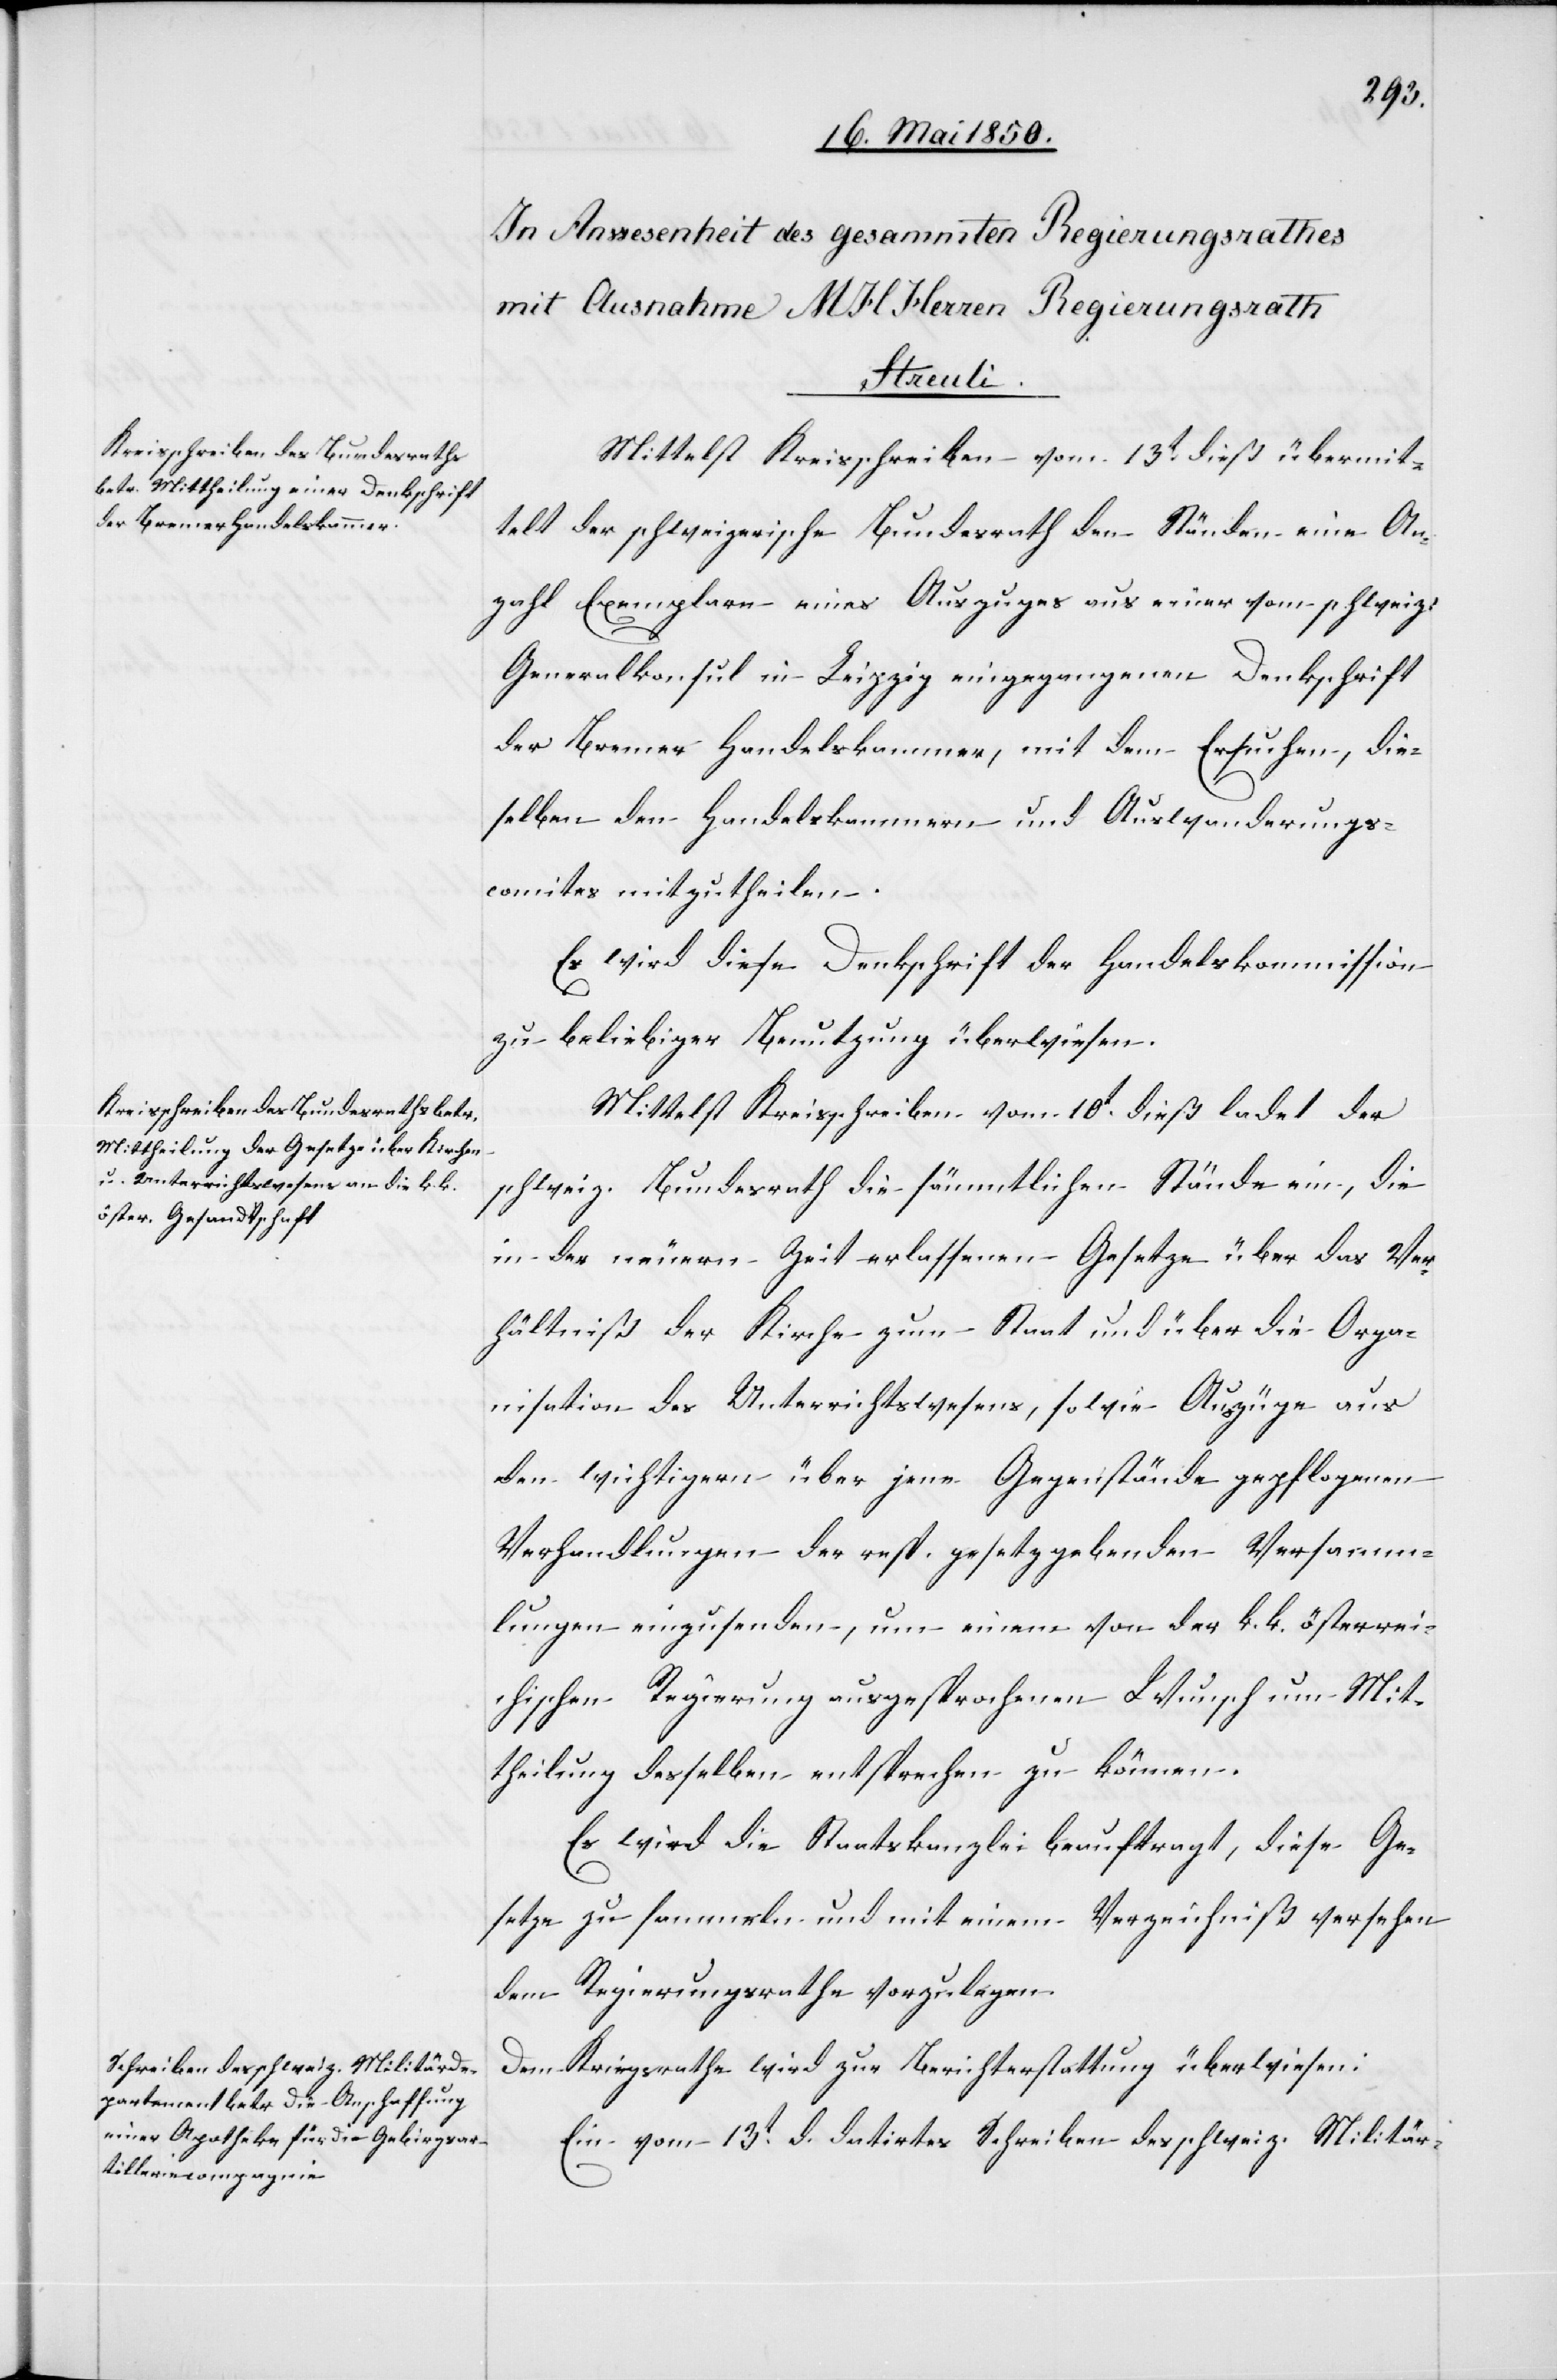
Mittelst Kreisschreiben vom 13t dieß übermit¬
telt der schweizerische Bundesrath den Ständen eine An¬
zahl Exemplare eines Auszuges aus einer vom schweiz:
Generalkonsul in Leipzig eingegangenen Denkschrift
der Bremer Handelskammer, mit dem Ersuchen, die¬
selben den Handelskammern und Auswanderungs¬
comites mitzutheilen.
Es wird diese Denkschrift der Handelskommission
zu beliebiger Benutzung überwiesen.
Mittelst Kreisschreiben vom 10t dieß ladet der
schweiz. Bundesrath die sämmtlichen Stände ein, die
in der neuern Zeit erlassenen Gesetze über das Ver¬
hältniß der Kirche zum Staat und über die Orga¬
nisation des Unterrichtswesens, sowie Auszüge aus
den wichtigern über jene Gegenstände gepflogenen
Verhandlungen der resp. gesetzgebenden Versamm¬
lungen einzusenden, um einen von der k. k. österrei¬
chischen Regierung ausgesprochenen Wunsch um Mit¬
theilung desselben entsprechen zu können.
Es wird die Staatskanzlei beauftragt, diese Ge¬
setze zu sammeln und mit einem Verzeichniß versehen
dem Regierungsrathe vorzulegen.
Dem Kriegsrathe wird zur Berichterstattung überwiesen:
Ein vom 13t d. datirtes Schreiben des schweiz. Militär-